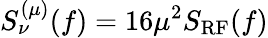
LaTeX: S_{\nu}^{(\mu)}(f)=16\mu^{2}S_{\mathrm{RF}}(f)